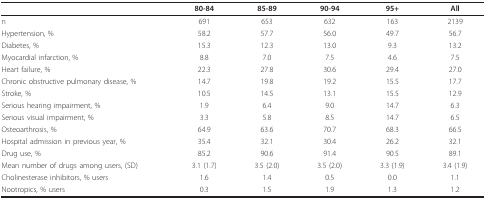
<table><thead><tr><td></td><td><b>80-84</b></td><td><b>85-89</b></td><td><b>90-94</b></td><td><b>95+</b></td><td><b>All</b></td></tr></thead><tbody><tr><td>n</td><td>691</td><td>653</td><td>632</td><td>163</td><td>2139</td></tr><tr><td>Hypertension, %</td><td>58.2</td><td>57.7</td><td>56.0</td><td>49.7</td><td>56.7</td></tr><tr><td>Diabetes, %</td><td>15.3</td><td>12.3</td><td>13.0</td><td>9.3</td><td>13.2</td></tr><tr><td>Myocardial infarction, %</td><td>8.8</td><td>7.0</td><td>7.5</td><td>4.6</td><td>7.5</td></tr><tr><td>Heart failure, %</td><td>22.3</td><td>27.8</td><td>30.6</td><td>29.4</td><td>27.0</td></tr><tr><td>Chronic obstructive pulmonary disease, %</td><td>14.7</td><td>19.8</td><td>19.2</td><td>15.5</td><td>17.7</td></tr><tr><td>Stroke, %</td><td>10.5</td><td>14.5</td><td>13.1</td><td>15.5</td><td>12.9</td></tr><tr><td>Serious hearing impairment, %</td><td>1.9</td><td>6.4</td><td>9.0</td><td>14.7</td><td>6.3</td></tr><tr><td>Serious visual impairment, %</td><td>3.3</td><td>5.8</td><td>8.5</td><td>14.7</td><td>6.5</td></tr><tr><td>Osteoarthrosis, %</td><td>64.9</td><td>63.6</td><td>70.7</td><td>68.3</td><td>66.5</td></tr><tr><td>Hospital admission in previous year, %</td><td>35.4</td><td>32.1</td><td>30.4</td><td>26.2</td><td>32.1</td></tr><tr><td>Drug use, %</td><td>85.2</td><td>90.6</td><td>91.4</td><td>90.5</td><td>89.1</td></tr><tr><td>Mean number of drugs among users, (SD)</td><td>3.1 (1.7)</td><td>3.5 (2.0)</td><td>3.5 (2.0)</td><td>3.3 (1.9)</td><td>3.4 (1.9)</td></tr><tr><td>Cholinesterase inhibitors, % users</td><td>1.6</td><td>1.4</td><td>0.5</td><td>0.0</td><td>1.1</td></tr><tr><td>Nootropics, % users</td><td>0.3</td><td>1.5</td><td>1.9</td><td>1.3</td><td>1.2</td></tr></tbody></table>